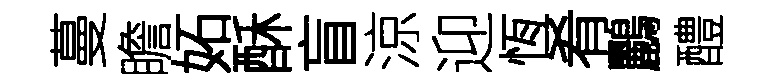
蔓瞻妬酥盲涼迎恆肴鸝醴